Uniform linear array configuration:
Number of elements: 24
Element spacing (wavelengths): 0.5
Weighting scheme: hamming
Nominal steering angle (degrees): -60
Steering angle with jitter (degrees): -60.34
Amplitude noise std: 0.05
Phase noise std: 0.05

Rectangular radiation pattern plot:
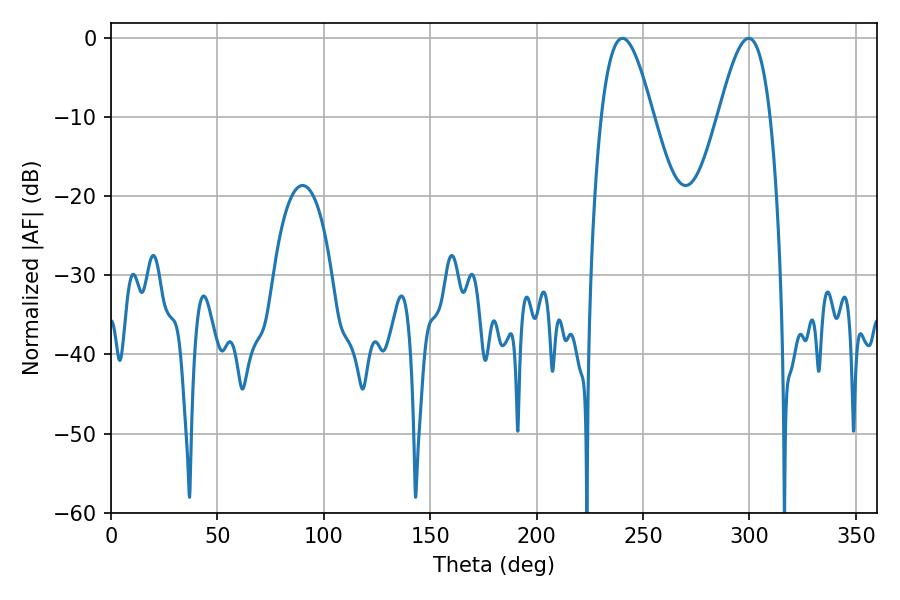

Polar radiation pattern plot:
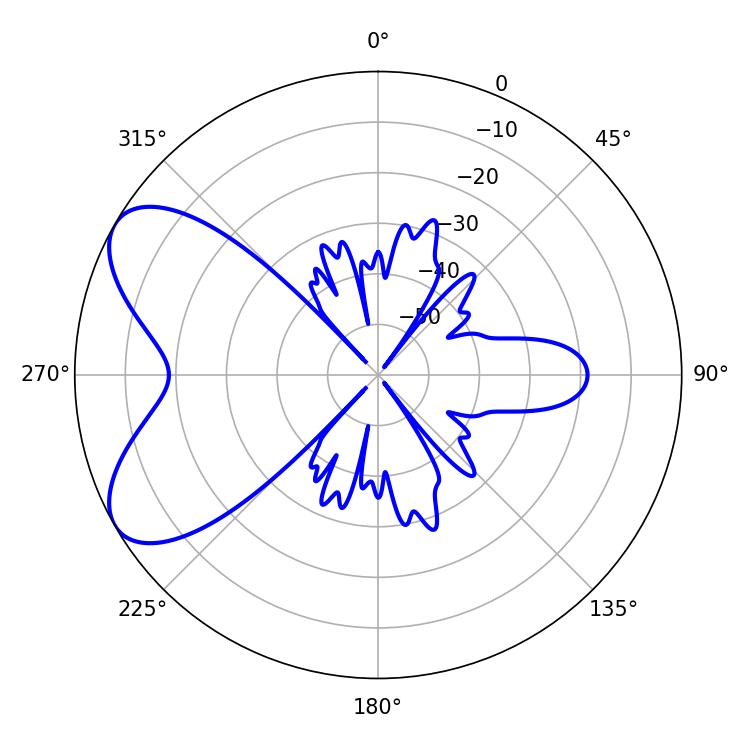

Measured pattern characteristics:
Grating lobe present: FALSE
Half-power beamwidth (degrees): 13.14
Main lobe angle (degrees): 240.3